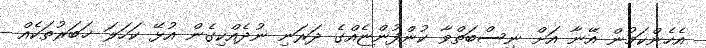
އެހެންކަމުން އޭނާ އަށް ނިސްބަތްވާ ކުންފުންޏެއްގެ ދަރަނި ނުދެއްކިގެން އުޅޭ ކަހަލަ ޚަބަރުތަކެއް